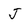
Character: J